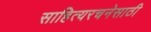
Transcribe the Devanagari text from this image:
साहित्यरचनेसाठी